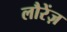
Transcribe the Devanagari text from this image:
लौरेंज़